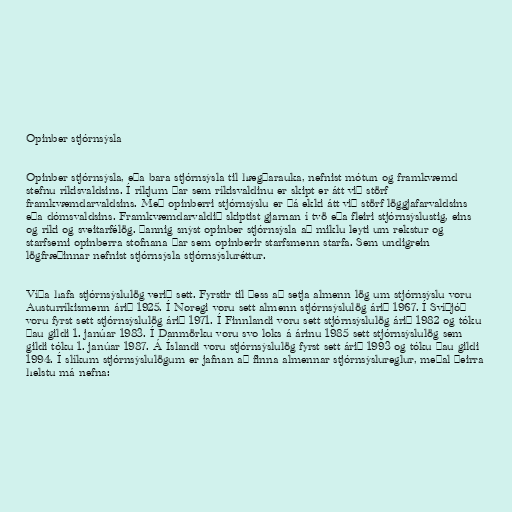
Opinber stjórnsýsla

Opinber stjórnsýsla, eða bara stjórnsýsla til hægðarauka, nefnist mótun og framkvæmd
stefnu ríkisvaldsins. Í ríkjum þar sem ríkisvaldinu er skipt er átt við störf
framkvæmdarvaldsins. Með opinberri stjórnsýslu er þá ekki átt við störf löggjafarvaldsins
eða dómsvaldsins. Framkvæmdarvaldið skiptist gjarnan í tvö eða fleiri stjórnsýslustig, eins
og ríki og sveitarfélög. Þannig snýst opinber stjórnsýsla að miklu leyti um rekstur og
starfsemi opinberra stofnana þar sem opinberir starfsmenn starfa. Sem undigrein
lögfræðinnar nefnist stjórnsýsla stjórnsýsluréttur.

Víða hafa stjórnsýslulög verið sett. Fyrstir til þess að setja almenn lög um stjórnsýslu voru
Austurríkismenn árið 1925. Í Noregi voru sett almenn stjórnsýslulög árið 1967. Í Svíþjóð
voru fyrst sett stjórnsýslulög árið 1971. Í Finnlandi voru sett stjórnsýslulög árið 1982 og tóku
þau gildi 1. janúar 1983. Í Danmörku voru svo loks á árinu 1985 sett stjórnsýslulög sem
gildi tóku 1. janúar 1987. Á Íslandi voru stjórnsýslulög fyrst sett árið 1993 og tóku þau gildi
1994. Í slíkum stjórnsýslulögum er jafnan að finna almennar stjórnsýslureglur, meðal þeirra
helstu má nefna: